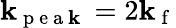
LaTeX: \mathbf{k}_{\mathrm{{~p~e~a~\mathbf{k}~}}}=2\mathbf{k}_{\mathrm{{~f~}}}